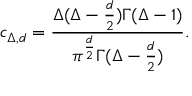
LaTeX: c _ { \Delta , d } = { \frac { \Delta ( \Delta - { \frac { d } { 2 } } ) \Gamma ( \Delta - 1 ) } { \pi ^ { \frac { d } { 2 } } \Gamma ( \Delta - { \frac { d } { 2 } } ) } } .